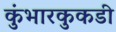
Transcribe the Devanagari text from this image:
कुंभारकुकडी